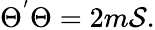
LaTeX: \Theta^{'}\Theta=2m{\cal{S}}.